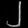
Digit: ၂